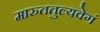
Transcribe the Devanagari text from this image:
मारुततुल्यवेगं